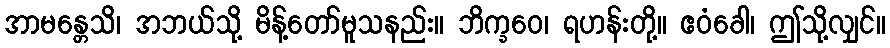
အာမန္တေသိ၊ အဘယ်သို့ မိန့်တော်မူသနည်း။ ဘိက္ခဝေ၊ ရဟန်းတို့။ ဧဝံခေါ၊ ဤသို့လျှင်။